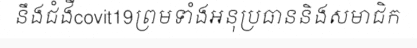
នឹងជំងឺcovit19ព្រមទាំងអនុប្រធាននិងសមាជិក